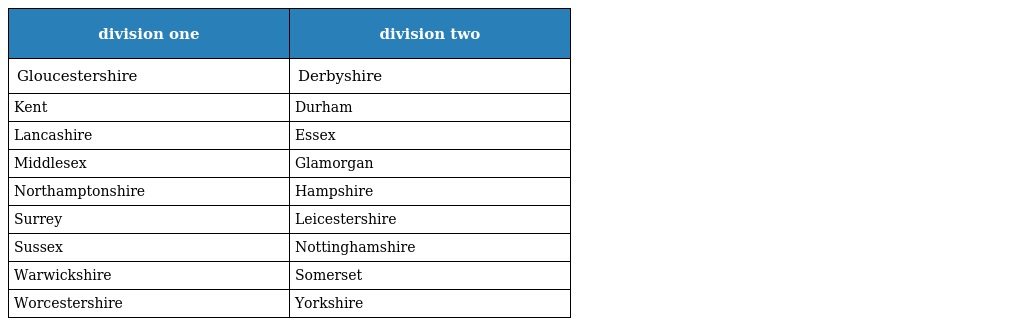
| division one | division two |
 | --- | --- |
 | Gloucestershire | Derbyshire |
 | Kent | Durham |
 | Lancashire | Essex |
 | Middlesex | Glamorgan |
 | Northamptonshire | Hampshire |
 | Surrey | Leicestershire |
 | Sussex | Nottinghamshire |
 | Warwickshire | Somerset |
 | Worcestershire | Yorkshire |